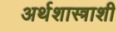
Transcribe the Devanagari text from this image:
अर्थशास्त्राशी